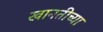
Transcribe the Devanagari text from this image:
खानतीच्या